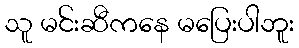
သူ မင်းဆီကနေ မပြေးပါဘူး